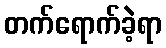
တက်ရောက်ခဲ့ရာ